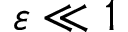
\varepsilon \ll 1